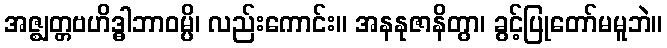
အဇ္ဈတ္တဗဟိဒ္ဓါဘာဝမ္ပိ၊ လည်းကောင်း။ အနနုဇာနိတွာ၊ ခွင့်ပြုတော်မမူဘဲ။